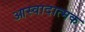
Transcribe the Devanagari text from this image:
आस्वादात्मक